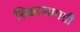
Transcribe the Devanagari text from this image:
शिक्षासामग्री